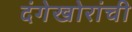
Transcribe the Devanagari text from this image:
दंगेखोरांची